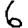
Digit: 6